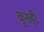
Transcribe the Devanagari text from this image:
कुनही